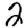
Digit: 2